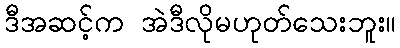
ဒီအဆင့်က အဲဒီလိုမဟုတ်သေးဘူး။